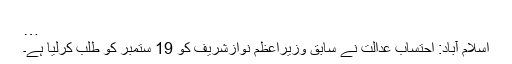
…
اسلام آباد: احتساب عدالت نے سابق وزیراعظم نوازشریف کو 19 ستمبر کو طلب کرلیا ہے۔